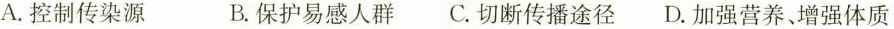
A.控制传染源 B.保护易感人群C.切断传播途径D.加强营养、增强体质